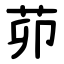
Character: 茆